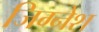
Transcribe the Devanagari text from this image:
जिग्नेश